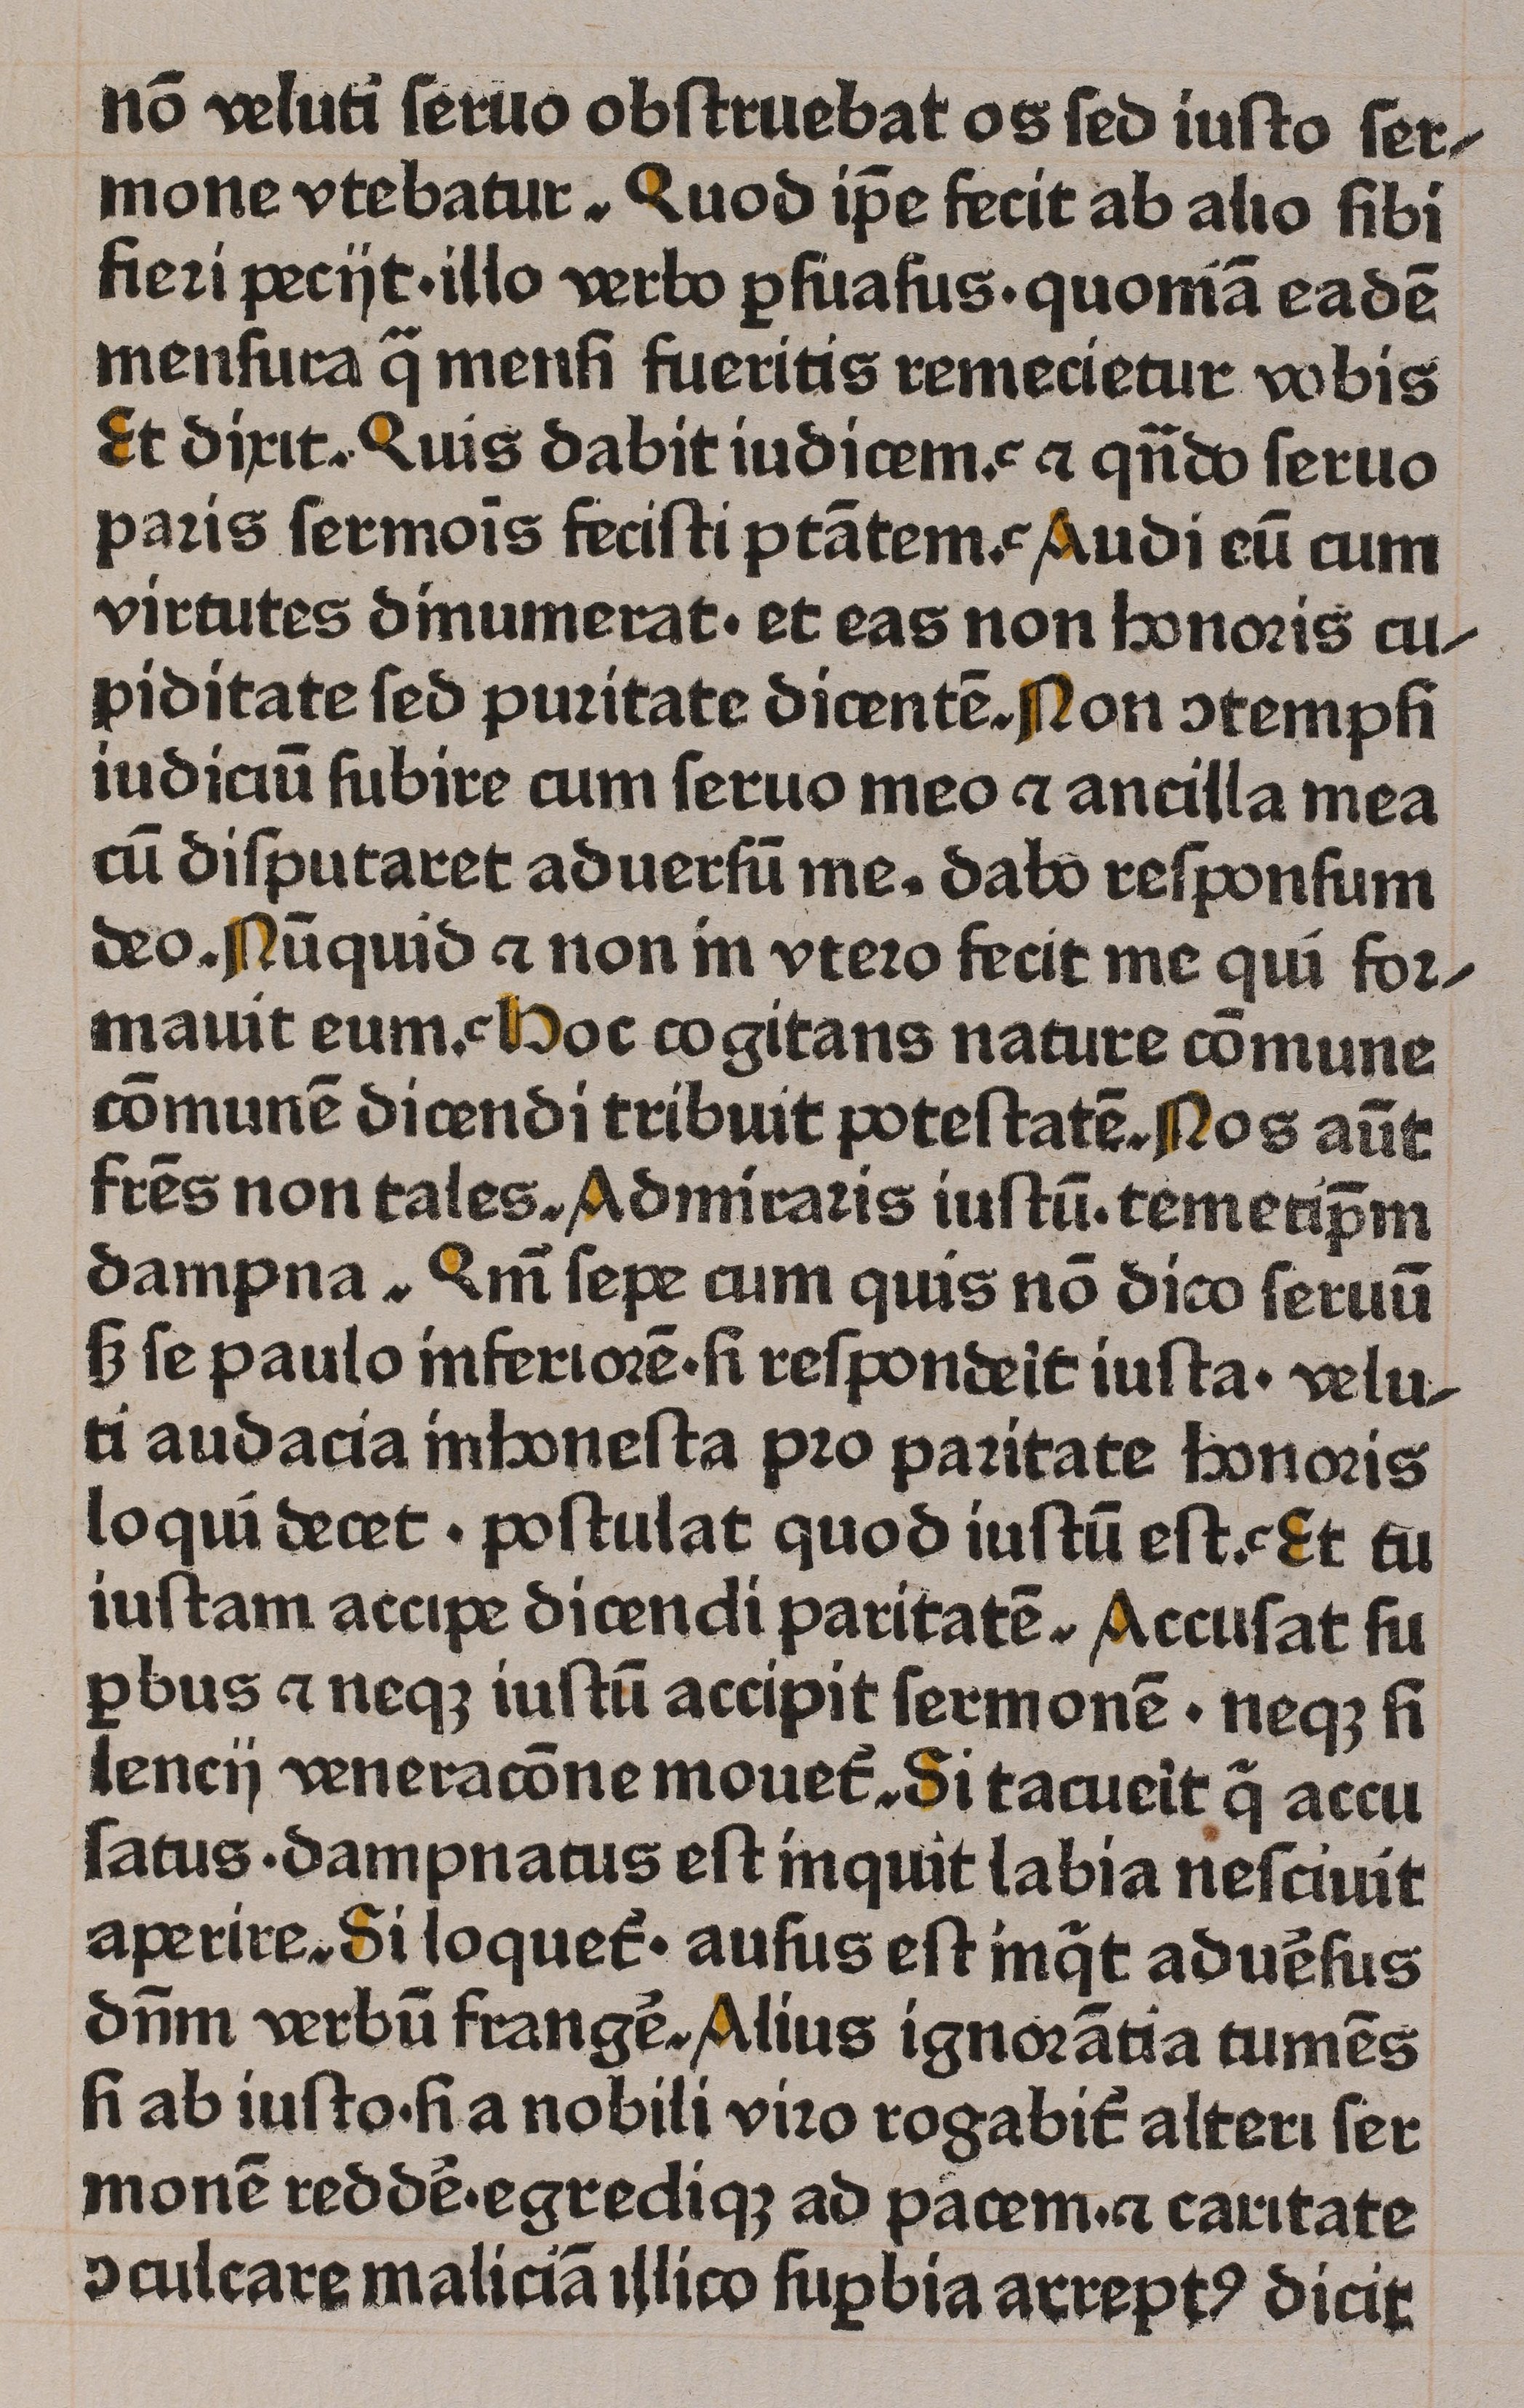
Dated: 1465–1465